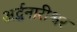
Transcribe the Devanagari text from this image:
अर्द्धनारीश्वर